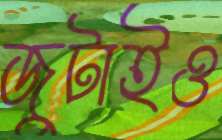
জুটাইও